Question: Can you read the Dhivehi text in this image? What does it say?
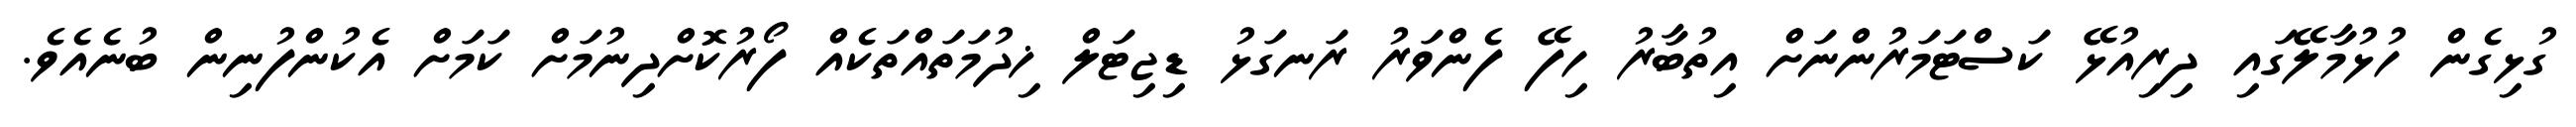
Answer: ގުޅިގެން ހުޅުމާލޭގައި ދިރިއުޅޭ ކަސްޓަމަރުންނަށް އިތުބާރު ހިފޭ ފެންވަރު ރަނގަޅު ޑިޖިޓަލް ޚިދުމަތައްތަކެއް ފޯރުކޮށްދިނުމަށް ކަމަށް އެކުންފުނިން ބުނެއެވެ.